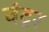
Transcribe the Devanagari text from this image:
वंदूर